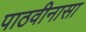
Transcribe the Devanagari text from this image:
पाठवीनासा